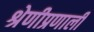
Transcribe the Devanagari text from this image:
श्रेणीप्रणाली